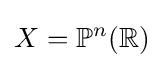
X=\mathbb {P} ^{n}(\mathbb {R} )